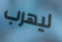
ليهرب